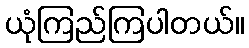
ယုံကြည်ကြပါတယ်။